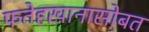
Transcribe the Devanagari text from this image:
फतेहखानासोबत